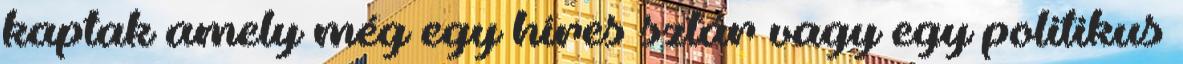
kaptak amely még egy híres sztár vagy egy politikus